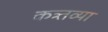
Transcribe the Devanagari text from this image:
कत्र्तव्या